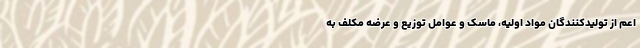
اعم از تولیدکنندگان مواد اولیه، ماسک و عوامل توزیع و عرضه مکلف به